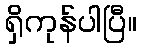
ရှိကုန်ပါပြီ။